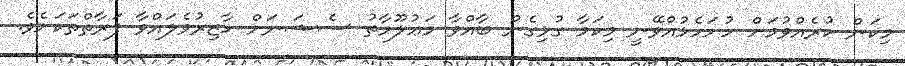
މިކަން ކުރެއްވުމަށް ހުށަހެޅުއްވޭނީ މިކަމާ ގުޅިގެން ބާއްވާ މަޢުލޫމާތު ސެޝަނަށް ހާޒިރުވެލައްވާ ފަރާތްތަކަށެވެ.